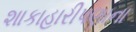
શાકાહારીપણાના